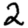
Digit: 2